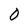
Character: O